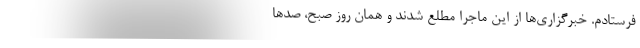
فرستادم. خبرگزاری‌ها از این ماجرا مطلع شدند و همان روز صبح، صد‌ها